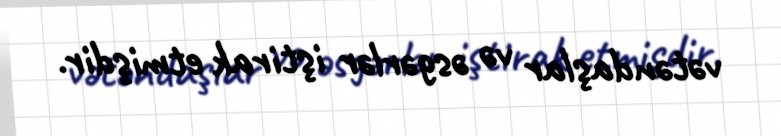
vətəndaşlar və əsgərlər iştirak etmişdir.